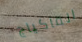
الماكياج